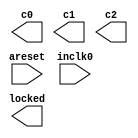
// megafunction wizard: %ALTPLL%VBB%
// GENERATION: STANDARD
// VERSION: WM1.0
// MODULE: altpll 

// ============================================================
// Megafunction Name(s):
// 			altpll
//
// Simulation Library Files(s):
// 			
// ============================================================
// ************************************************************
// THIS IS A WIZARD-GENERATED FILE. DO NOT EDIT THIS FILE!
//
// 16.0.2 Build 222 07/20/2016 SJ Standard Edition
// ************************************************************

//Copyright (C) 1991-2016 Altera Corporation. All rights reserved.
//Your use of Altera Corporation's design tools, logic functions 
//and other software and tools, and its AMPP partner logic 
//functions, and any output files from any of the foregoing 
//(including device programming or simulation files), and any 
//associated documentation or information are expressly subject 
//to the terms and conditions of the Altera Program License 
//Subscription Agreement, the Altera Quartus Prime License Agreement,
//the Altera MegaCore Function License Agreement, or other 
//applicable license agreement, including, without limitation, 
//that your use is for the sole purpose of programming logic 
//devices manufactured by Altera and sold by Altera or its 
//authorized distributors.  Please refer to the applicable 
//agreement for further details.

module VGA_Audio_PLL (
	areset,
	inclk0,
	c0,
	c1,
	c2,
	locked);

	input	  areset;
	input	  inclk0;
	output	  c0;
	output	  c1;
	output	  c2;
	output	  locked;
`ifndef ALTERA_RESERVED_QIS
// synopsys translate_off
`endif
	tri0	  areset;
`ifndef ALTERA_RESERVED_QIS
// synopsys translate_on
`endif

endmodule

// ============================================================
// CNX file retrieval info
// ============================================================
// Retrieval info: PRIVATE: ACTIVECLK_CHECK STRING "0"
// Retrieval info: PRIVATE: BANDWIDTH STRING "1.000"
// Retrieval info: PRIVATE: BANDWIDTH_FEATURE_ENABLED STRING "1"
// Retrieval info: PRIVATE: BANDWIDTH_FREQ_UNIT STRING "MHz"
// Retrieval info: PRIVATE: BANDWIDTH_PRESET STRING "Low"
// Retrieval info: PRIVATE: BANDWIDTH_USE_AUTO STRING "1"
// Retrieval info: PRIVATE: BANDWIDTH_USE_PRESET STRING "0"
// Retrieval info: PRIVATE: CLKBAD_SWITCHOVER_CHECK STRING "0"
// Retrieval info: PRIVATE: CLKLOSS_CHECK STRING "0"
// Retrieval info: PRIVATE: CLKSWITCH_CHECK STRING "0"
// Retrieval info: PRIVATE: CNX_NO_COMPENSATE_RADIO STRING "0"
// Retrieval info: PRIVATE: CREATE_CLKBAD_CHECK STRING "0"
// Retrieval info: PRIVATE: CREATE_INCLK1_CHECK STRING "0"
// Retrieval info: PRIVATE: CUR_DEDICATED_CLK STRING "c0"
// Retrieval info: PRIVATE: CUR_FBIN_CLK STRING "c0"
// Retrieval info: PRIVATE: DEVICE_SPEED_GRADE STRING "Any"
// Retrieval info: PRIVATE: DIV_FACTOR0 NUMERIC "1"
// Retrieval info: PRIVATE: DIV_FACTOR1 NUMERIC "1"
// Retrieval info: PRIVATE: DIV_FACTOR2 NUMERIC "1"
// Retrieval info: PRIVATE: DUTY_CYCLE0 STRING "50.00000000"
// Retrieval info: PRIVATE: DUTY_CYCLE1 STRING "50.00000000"
// Retrieval info: PRIVATE: DUTY_CYCLE2 STRING "50.00000000"
// Retrieval info: PRIVATE: EFF_OUTPUT_FREQ_VALUE0 STRING "25.000000"
// Retrieval info: PRIVATE: EFF_OUTPUT_FREQ_VALUE1 STRING "2.000000"
// Retrieval info: PRIVATE: EFF_OUTPUT_FREQ_VALUE2 STRING "2.000000"
// Retrieval info: PRIVATE: EXPLICIT_SWITCHOVER_COUNTER STRING "0"
// Retrieval info: PRIVATE: EXT_FEEDBACK_RADIO STRING "0"
// Retrieval info: PRIVATE: GLOCKED_COUNTER_EDIT_CHANGED STRING "1"
// Retrieval info: PRIVATE: GLOCKED_FEATURE_ENABLED STRING "0"
// Retrieval info: PRIVATE: GLOCKED_MODE_CHECK STRING "0"
// Retrieval info: PRIVATE: GLOCK_COUNTER_EDIT NUMERIC "1048575"
// Retrieval info: PRIVATE: HAS_MANUAL_SWITCHOVER STRING "1"
// Retrieval info: PRIVATE: INCLK0_FREQ_EDIT STRING "50.000"
// Retrieval info: PRIVATE: INCLK0_FREQ_UNIT_COMBO STRING "MHz"
// Retrieval info: PRIVATE: INCLK1_FREQ_EDIT STRING "100.000"
// Retrieval info: PRIVATE: INCLK1_FREQ_EDIT_CHANGED STRING "1"
// Retrieval info: PRIVATE: INCLK1_FREQ_UNIT_CHANGED STRING "1"
// Retrieval info: PRIVATE: INCLK1_FREQ_UNIT_COMBO STRING "MHz"
// Retrieval info: PRIVATE: INTENDED_DEVICE_FAMILY STRING "MAX 10"
// Retrieval info: PRIVATE: INT_FEEDBACK__MODE_RADIO STRING "1"
// Retrieval info: PRIVATE: LOCKED_OUTPUT_CHECK STRING "1"
// Retrieval info: PRIVATE: LONG_SCAN_RADIO STRING "1"
// Retrieval info: PRIVATE: LVDS_MODE_DATA_RATE STRING "Not Available"
// Retrieval info: PRIVATE: LVDS_MODE_DATA_RATE_DIRTY NUMERIC "0"
// Retrieval info: PRIVATE: LVDS_PHASE_SHIFT_UNIT0 STRING "deg"
// Retrieval info: PRIVATE: LVDS_PHASE_SHIFT_UNIT1 STRING "ps"
// Retrieval info: PRIVATE: LVDS_PHASE_SHIFT_UNIT2 STRING "ps"
// Retrieval info: PRIVATE: MIG_DEVICE_SPEED_GRADE STRING "Any"
// Retrieval info: PRIVATE: MIRROR_CLK0 STRING "0"
// Retrieval info: PRIVATE: MIRROR_CLK1 STRING "0"
// Retrieval info: PRIVATE: MIRROR_CLK2 STRING "0"
// Retrieval info: PRIVATE: MULT_FACTOR0 NUMERIC "1"
// Retrieval info: PRIVATE: MULT_FACTOR1 NUMERIC "1"
// Retrieval info: PRIVATE: MULT_FACTOR2 NUMERIC "1"
// Retrieval info: PRIVATE: NORMAL_MODE_RADIO STRING "1"
// Retrieval info: PRIVATE: OUTPUT_FREQ0 STRING "25.00000000"
// Retrieval info: PRIVATE: OUTPUT_FREQ1 STRING "2.00000000"
// Retrieval info: PRIVATE: OUTPUT_FREQ2 STRING "2.00000000"
// Retrieval info: PRIVATE: OUTPUT_FREQ_MODE0 STRING "1"
// Retrieval info: PRIVATE: OUTPUT_FREQ_MODE1 STRING "1"
// Retrieval info: PRIVATE: OUTPUT_FREQ_MODE2 STRING "1"
// Retrieval info: PRIVATE: OUTPUT_FREQ_UNIT0 STRING "MHz"
// Retrieval info: PRIVATE: OUTPUT_FREQ_UNIT1 STRING "MHz"
// Retrieval info: PRIVATE: OUTPUT_FREQ_UNIT2 STRING "MHz"
// Retrieval info: PRIVATE: PHASE_RECONFIG_FEATURE_ENABLED STRING "1"
// Retrieval info: PRIVATE: PHASE_RECONFIG_INPUTS_CHECK STRING "0"
// Retrieval info: PRIVATE: PHASE_SHIFT0 STRING "0.00000000"
// Retrieval info: PRIVATE: PHASE_SHIFT1 STRING "200.00000000"
// Retrieval info: PRIVATE: PHASE_SHIFT2 STRING "120.00000000"
// Retrieval info: PRIVATE: PHASE_SHIFT_STEP_ENABLED_CHECK STRING "0"
// Retrieval info: PRIVATE: PHASE_SHIFT_UNIT0 STRING "deg"
// Retrieval info: PRIVATE: PHASE_SHIFT_UNIT1 STRING "deg"
// Retrieval info: PRIVATE: PHASE_SHIFT_UNIT2 STRING "deg"
// Retrieval info: PRIVATE: PLL_ADVANCED_PARAM_CHECK STRING "0"
// Retrieval info: PRIVATE: PLL_ARESET_CHECK STRING "1"
// Retrieval info: PRIVATE: PLL_AUTOPLL_CHECK NUMERIC "1"
// Retrieval info: PRIVATE: PLL_ENHPLL_CHECK NUMERIC "0"
// Retrieval info: PRIVATE: PLL_FASTPLL_CHECK NUMERIC "0"
// Retrieval info: PRIVATE: PLL_FBMIMIC_CHECK STRING "0"
// Retrieval info: PRIVATE: PLL_LVDS_PLL_CHECK NUMERIC "0"
// Retrieval info: PRIVATE: PLL_PFDENA_CHECK STRING "0"
// Retrieval info: PRIVATE: PLL_TARGET_HARCOPY_CHECK NUMERIC "0"
// Retrieval info: PRIVATE: PRIMARY_CLK_COMBO STRING "inclk0"
// Retrieval info: PRIVATE: RECONFIG_FILE STRING "VGA_Audio_PLL.mif"
// Retrieval info: PRIVATE: SACN_INPUTS_CHECK STRING "0"
// Retrieval info: PRIVATE: SCAN_FEATURE_ENABLED STRING "1"
// Retrieval info: PRIVATE: SELF_RESET_LOCK_LOSS STRING "0"
// Retrieval info: PRIVATE: SHORT_SCAN_RADIO STRING "0"
// Retrieval info: PRIVATE: SPREAD_FEATURE_ENABLED STRING "0"
// Retrieval info: PRIVATE: SPREAD_FREQ STRING "50.000"
// Retrieval info: PRIVATE: SPREAD_FREQ_UNIT STRING "KHz"
// Retrieval info: PRIVATE: SPREAD_PERCENT STRING "0.500"
// Retrieval info: PRIVATE: SPREAD_USE STRING "0"
// Retrieval info: PRIVATE: SRC_SYNCH_COMP_RADIO STRING "0"
// Retrieval info: PRIVATE: STICKY_CLK0 STRING "1"
// Retrieval info: PRIVATE: STICKY_CLK1 STRING "1"
// Retrieval info: PRIVATE: STICKY_CLK2 STRING "1"
// Retrieval info: PRIVATE: SWITCHOVER_COUNT_EDIT NUMERIC "1"
// Retrieval info: PRIVATE: SWITCHOVER_FEATURE_ENABLED STRING "1"
// Retrieval info: PRIVATE: SYNTH_WRAPPER_GEN_POSTFIX STRING "0"
// Retrieval info: PRIVATE: USE_CLK0 STRING "1"
// Retrieval info: PRIVATE: USE_CLK1 STRING "1"
// Retrieval info: PRIVATE: USE_CLK2 STRING "1"
// Retrieval info: PRIVATE: USE_CLKENA0 STRING "0"
// Retrieval info: PRIVATE: USE_CLKENA1 STRING "0"
// Retrieval info: PRIVATE: USE_CLKENA2 STRING "0"
// Retrieval info: PRIVATE: USE_MIL_SPEED_GRADE NUMERIC "0"
// Retrieval info: PRIVATE: ZERO_DELAY_RADIO STRING "0"
// Retrieval info: LIBRARY: altera_mf altera_mf.altera_mf_components.all
// Retrieval info: CONSTANT: BANDWIDTH_TYPE STRING "AUTO"
// Retrieval info: CONSTANT: CLK0_DIVIDE_BY NUMERIC "2"
// Retrieval info: CONSTANT: CLK0_DUTY_CYCLE NUMERIC "50"
// Retrieval info: CONSTANT: CLK0_MULTIPLY_BY NUMERIC "1"
// Retrieval info: CONSTANT: CLK0_PHASE_SHIFT STRING "0"
// Retrieval info: CONSTANT: CLK1_DIVIDE_BY NUMERIC "25"
// Retrieval info: CONSTANT: CLK1_DUTY_CYCLE NUMERIC "50"
// Retrieval info: CONSTANT: CLK1_MULTIPLY_BY NUMERIC "1"
// Retrieval info: CONSTANT: CLK1_PHASE_SHIFT STRING "277778"
// Retrieval info: CONSTANT: CLK2_DIVIDE_BY NUMERIC "25"
// Retrieval info: CONSTANT: CLK2_DUTY_CYCLE NUMERIC "50"
// Retrieval info: CONSTANT: CLK2_MULTIPLY_BY NUMERIC "1"
// Retrieval info: CONSTANT: CLK2_PHASE_SHIFT STRING "166667"
// Retrieval info: CONSTANT: COMPENSATE_CLOCK STRING "CLK0"
// Retrieval info: CONSTANT: INCLK0_INPUT_FREQUENCY NUMERIC "20000"
// Retrieval info: CONSTANT: INTENDED_DEVICE_FAMILY STRING "MAX 10"
// Retrieval info: CONSTANT: LPM_TYPE STRING "altpll"
// Retrieval info: CONSTANT: OPERATION_MODE STRING "NORMAL"
// Retrieval info: CONSTANT: PLL_TYPE STRING "AUTO"
// Retrieval info: CONSTANT: PORT_ACTIVECLOCK STRING "PORT_UNUSED"
// Retrieval info: CONSTANT: PORT_ARESET STRING "PORT_USED"
// Retrieval info: CONSTANT: PORT_CLKBAD0 STRING "PORT_UNUSED"
// Retrieval info: CONSTANT: PORT_CLKBAD1 STRING "PORT_UNUSED"
// Retrieval info: CONSTANT: PORT_CLKLOSS STRING "PORT_UNUSED"
// Retrieval info: CONSTANT: PORT_CLKSWITCH STRING "PORT_UNUSED"
// Retrieval info: CONSTANT: PORT_CONFIGUPDATE STRING "PORT_UNUSED"
// Retrieval info: CONSTANT: PORT_FBIN STRING "PORT_UNUSED"
// Retrieval info: CONSTANT: PORT_INCLK0 STRING "PORT_USED"
// Retrieval info: CONSTANT: PORT_INCLK1 STRING "PORT_UNUSED"
// Retrieval info: CONSTANT: PORT_LOCKED STRING "PORT_USED"
// Retrieval info: CONSTANT: PORT_PFDENA STRING "PORT_UNUSED"
// Retrieval info: CONSTANT: PORT_PHASECOUNTERSELECT STRING "PORT_UNUSED"
// Retrieval info: CONSTANT: PORT_PHASEDONE STRING "PORT_UNUSED"
// Retrieval info: CONSTANT: PORT_PHASESTEP STRING "PORT_UNUSED"
// Retrieval info: CONSTANT: PORT_PHASEUPDOWN STRING "PORT_UNUSED"
// Retrieval info: CONSTANT: PORT_PLLENA STRING "PORT_UNUSED"
// Retrieval info: CONSTANT: PORT_SCANACLR STRING "PORT_UNUSED"
// Retrieval info: CONSTANT: PORT_SCANCLK STRING "PORT_UNUSED"
// Retrieval info: CONSTANT: PORT_SCANCLKENA STRING "PORT_UNUSED"
// Retrieval info: CONSTANT: PORT_SCANDATA STRING "PORT_UNUSED"
// Retrieval info: CONSTANT: PORT_SCANDATAOUT STRING "PORT_UNUSED"
// Retrieval info: CONSTANT: PORT_SCANDONE STRING "PORT_UNUSED"
// Retrieval info: CONSTANT: PORT_SCANREAD STRING "PORT_UNUSED"
// Retrieval info: CONSTANT: PORT_SCANWRITE STRING "PORT_UNUSED"
// Retrieval info: CONSTANT: PORT_clk0 STRING "PORT_USED"
// Retrieval info: CONSTANT: PORT_clk1 STRING "PORT_USED"
// Retrieval info: CONSTANT: PORT_clk2 STRING "PORT_USED"
// Retrieval info: CONSTANT: PORT_clk3 STRING "PORT_UNUSED"
// Retrieval info: CONSTANT: PORT_clk4 STRING "PORT_UNUSED"
// Retrieval info: CONSTANT: PORT_clk5 STRING "PORT_UNUSED"
// Retrieval info: CONSTANT: PORT_clkena0 STRING "PORT_UNUSED"
// Retrieval info: CONSTANT: PORT_clkena1 STRING "PORT_UNUSED"
// Retrieval info: CONSTANT: PORT_clkena2 STRING "PORT_UNUSED"
// Retrieval info: CONSTANT: PORT_clkena3 STRING "PORT_UNUSED"
// Retrieval info: CONSTANT: PORT_clkena4 STRING "PORT_UNUSED"
// Retrieval info: CONSTANT: PORT_clkena5 STRING "PORT_UNUSED"
// Retrieval info: CONSTANT: PORT_extclk0 STRING "PORT_UNUSED"
// Retrieval info: CONSTANT: PORT_extclk1 STRING "PORT_UNUSED"
// Retrieval info: CONSTANT: PORT_extclk2 STRING "PORT_UNUSED"
// Retrieval info: CONSTANT: PORT_extclk3 STRING "PORT_UNUSED"
// Retrieval info: CONSTANT: SELF_RESET_ON_LOSS_LOCK STRING "OFF"
// Retrieval info: CONSTANT: WIDTH_CLOCK NUMERIC "5"
// Retrieval info: USED_PORT: @clk 0 0 5 0 OUTPUT_CLK_EXT VCC "@clk[4..0]"
// Retrieval info: USED_PORT: areset 0 0 0 0 INPUT GND "areset"
// Retrieval info: USED_PORT: c0 0 0 0 0 OUTPUT_CLK_EXT VCC "c0"
// Retrieval info: USED_PORT: c1 0 0 0 0 OUTPUT_CLK_EXT VCC "c1"
// Retrieval info: USED_PORT: c2 0 0 0 0 OUTPUT_CLK_EXT VCC "c2"
// Retrieval info: USED_PORT: inclk0 0 0 0 0 INPUT_CLK_EXT GND "inclk0"
// Retrieval info: USED_PORT: locked 0 0 0 0 OUTPUT GND "locked"
// Retrieval info: CONNECT: @areset 0 0 0 0 areset 0 0 0 0
// Retrieval info: CONNECT: @inclk 0 0 1 1 GND 0 0 0 0
// Retrieval info: CONNECT: @inclk 0 0 1 0 inclk0 0 0 0 0
// Retrieval info: CONNECT: c0 0 0 0 0 @clk 0 0 1 0
// Retrieval info: CONNECT: c1 0 0 0 0 @clk 0 0 1 1
// Retrieval info: CONNECT: c2 0 0 0 0 @clk 0 0 1 2
// Retrieval info: CONNECT: locked 0 0 0 0 @locked 0 0 0 0
// Retrieval info: GEN_FILE: TYPE_NORMAL VGA_Audio_PLL.v TRUE
// Retrieval info: GEN_FILE: TYPE_NORMAL VGA_Audio_PLL.ppf TRUE
// Retrieval info: GEN_FILE: TYPE_NORMAL VGA_Audio_PLL.inc FALSE
// Retrieval info: GEN_FILE: TYPE_NORMAL VGA_Audio_PLL.cmp FALSE
// Retrieval info: GEN_FILE: TYPE_NORMAL VGA_Audio_PLL.bsf FALSE
// Retrieval info: GEN_FILE: TYPE_NORMAL VGA_Audio_PLL_inst.v FALSE
// Retrieval info: GEN_FILE: TYPE_NORMAL VGA_Audio_PLL_bb.v TRUE
// Retrieval info: CBX_MODULE_PREFIX: ON